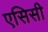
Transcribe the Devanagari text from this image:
एसिसी